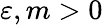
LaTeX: \varepsilon,m>0